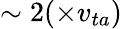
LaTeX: \sim 2(\times v_{ta})